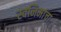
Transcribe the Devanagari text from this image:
स्वनिमांचा